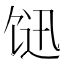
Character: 𩠇